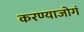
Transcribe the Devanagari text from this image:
करण्याजोगं